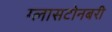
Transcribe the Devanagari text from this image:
ग्लासटोनबरी